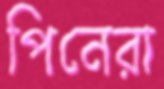
পিনেরা